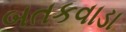
બતકવાડા